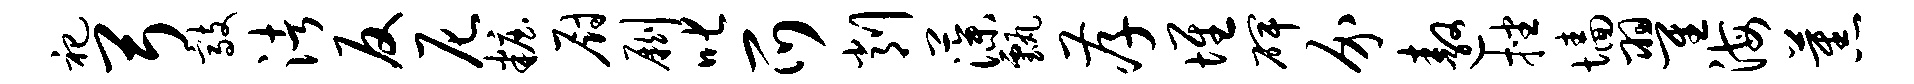
祀弓敲渚反尼妆厨劂叱爪削藻甄孝堆碑介遨挫墙翟海蕉